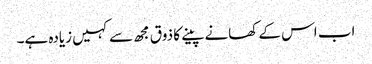
اب اس کے کھانے پینے کا ذوق مجھ سے کہیں زیادہ ہے۔